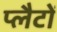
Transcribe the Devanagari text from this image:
प्लैटों